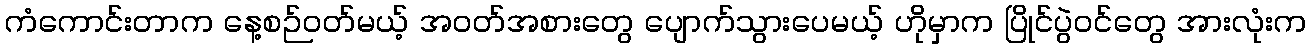
ကံကောင်းတာက နေ့စဉ်ဝတ်မယ့် အဝတ်အစားတွေ ပျောက်သွားပေမယ့် ဟိုမှာက ပြိုင်ပွဲဝင်တွေ အားလုံးက